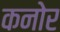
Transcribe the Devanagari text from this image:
कनोर